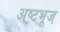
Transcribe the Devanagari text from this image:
अष्टभूज